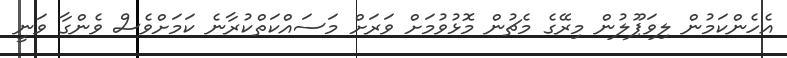
އެހެންކަމުން ލިވަޕޫލުން މިރޭގެ މެޗުން މޮޅުވުމަށް ވަރަށް މަސައްކަތްކުރާނެ ކަމަށްވެސް ވެންގާ ވަނީ